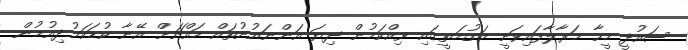
ސައުދީ މީހާ މަރާލާފައިވަނީ މަގުމަތީގައި ވިއްކަމުން ދިޔަ އަންނައުނުތައް މައްޗަށް އޭނާ ކުޑަކަމުދިއުމުން